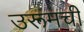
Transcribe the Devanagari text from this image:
उरूमची